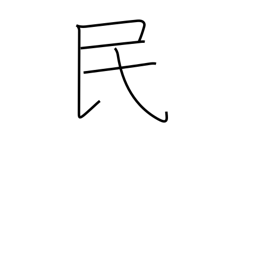
Meaning: nation